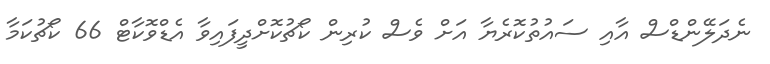
ނެދަލޭންޑްސް އާއި ސައުތުކޮރެޔާ އަށް ވެސް ކުރިން ކޯޗުކޮށްދީފައިވާ އެޑްވޮކާޓް 66 ކޯޗުކަމާ